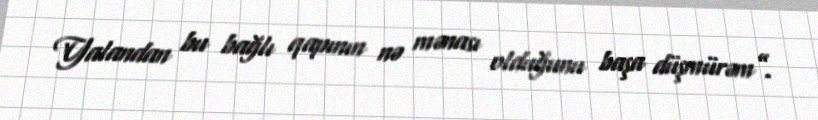
Yalandan bu bağlı qapının nə mənası olduğunu başa düşmürəm”.